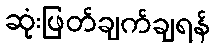
ဆုံးဖြတ်ချက်ချရန်